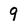
Character: 9